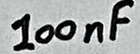
Text: 100nF